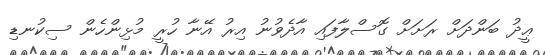
ޢީދު ބަންދަށް ރަށަށް ގޮސްލާފައި އާދެވުނު އިރު އޭނާ ހުރީ މުޅިންހެން ސިކުނޑި